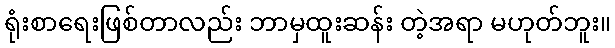
ရုံးစာရေးဖြစ်တာလည်း ဘာမှထူးဆန်း တဲ့အရာ မဟုတ်ဘူး။